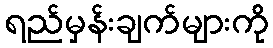
ရည်မှန်းချက်များကို